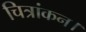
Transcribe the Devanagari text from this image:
चित्रांकन।